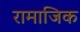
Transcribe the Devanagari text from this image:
रामाजिक